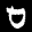
Label: 0